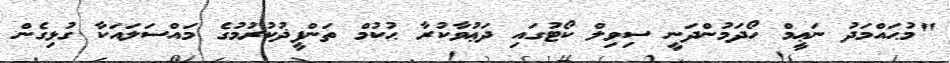
"މުޙައްމަދު ނަޢީމް ހޯދަމުންދަނީ ސިވިލް ކޯޓުގައި ދަޢުވާކުރާ ޙުކުމް ތަންފީޛުކުރުމުގެ މައްސަލައަކާ ގުޅިގެން